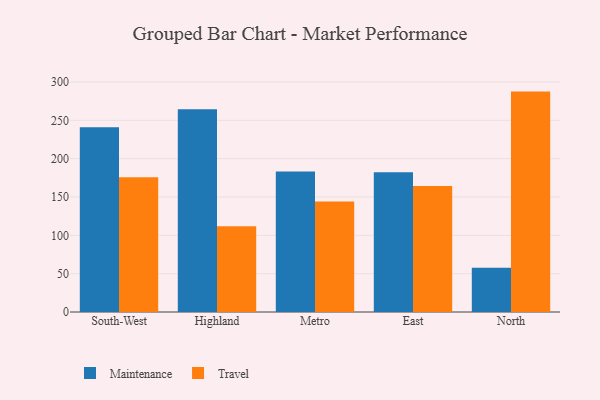
{"axis": {"x": "Region", "y": "Net Income (USD K)"}, "legend": ["Maintenance", "Travel"], "data": [{"x": "South-West", "y": 240.9, "type": "Maintenance"}, {"x": "South-West", "y": 175.8, "type": "Travel"}, {"x": "Highland", "y": 264.4, "type": "Maintenance"}, {"x": "Highland", "y": 112.0, "type": "Travel"}, {"x": "Metro", "y": 183.2, "type": "Maintenance"}, {"x": "Metro", "y": 144.3, "type": "Travel"}, {"x": "East", "y": 182.4, "type": "Maintenance"}, {"x": "East", "y": 164.2, "type": "Travel"}, {"x": "North", "y": 57.7, "type": "Maintenance"}, {"x": "North", "y": 287.5, "type": "Travel"}]}